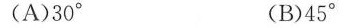
(A)30° (B)45°